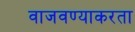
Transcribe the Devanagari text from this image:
वाजवण्याकरता